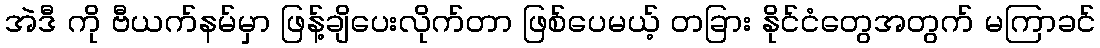
အဲဒီ ကို ဗီယက်နမ်မှာ ဖြန့်ချိပေးလိုက်တာ ဖြစ်ပေမယ့် တခြား နိုင်ငံတွေအတွက် မကြာခင်